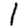
Digit: 1